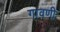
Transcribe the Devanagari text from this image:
गावणी